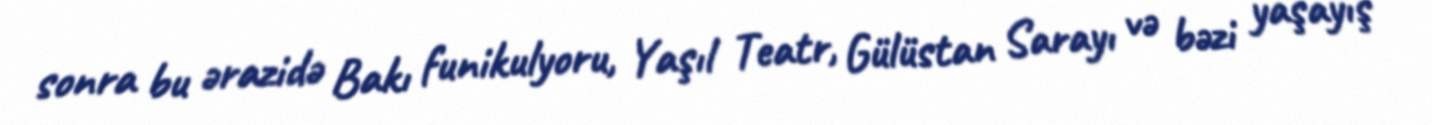
sonra bu ərazidə Bakı funikulyoru, Yaşıl Teatr, Gülüstan Sarayı və bəzi yaşayış